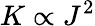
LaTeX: K\propto J^{2}